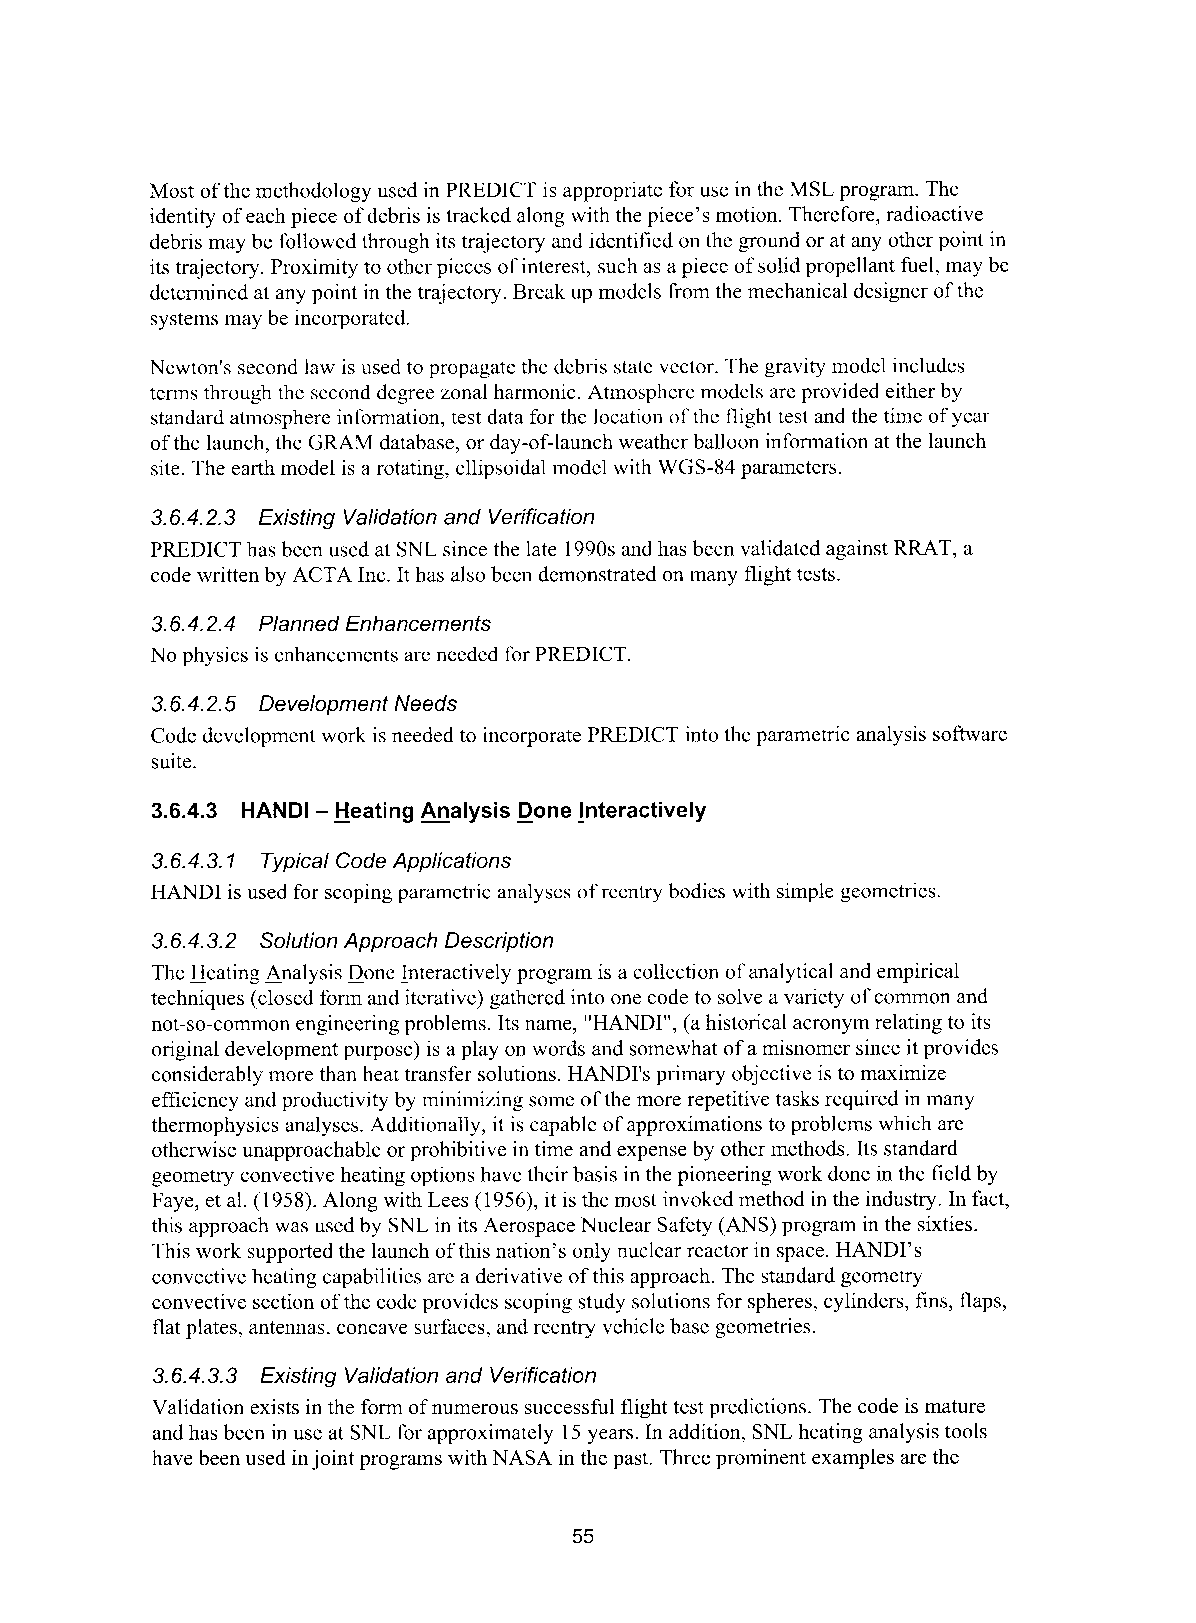
Most of the methodology used in PREDICT is appropriate for use in the MSL program. The
 identity of each piece of debris is tracked along with the piece's motion. Therefore, radioactive
 debris may be followed through its trajectory and identified on the ground or at any other point in
 its trajectory. Proximity to other pieces of interest, such as a piece of solid propellant fuel, may be
 determined at any point in the trajectory. Break up models from the mechanical designer of the
 systems may be incorporated.
 Newton's second law is used to propagatc the debris state vector. The gravity model includes
 terms through the second degree zonal harmonic. Atmosphere models are provided either by
 standard atmosphere information, test data for the location of the flight test and the time of year
 of the launch, the GRAM database, or day-of-launch weather balloon information at the launch
 site. The earth model is a rotating, ellipsoidal model with WGS-84 parameters.
 3.6.4.2.3 Existing Validation and Verification
 PREDICT has been used at SNL since the late 1990s and has been validated against RRAT, a
 code written by ACTA Inc. It has also been demonstrated on many flight tests.
 3.6.4.2.4 Planned Enhancements
 No physics is enhancements are needed for PREDICT.
 3.6.4.2.5 Development Needs
 Code development work is needed to incorporate PREDICT into the parametric analysis software
 suite.
 3.6.4.3 HAND1 - Heating Analysis Done lnteractively
 3.6.4.3.1 Typical Code Applications
 HANDI is used for scoping parametric analyses of reentry bodies with simple geometries.
 3.6.4.3.2 Solution Approach Description
 The Heating Analysis Done lnteractively program is a collection of analytical and empirical
 techniques (closed form and iterative) gathered into one code to solve a variety of common and
 not-so-common engineering problems. Its name, "HANDI", (a historical acronym relating to its
 original development purpose) is a play on words and somewhat of a misnomer since it provides
 considerably more than heat transfer solutions. HANDI's primary objective is to maximize
 efficiency and productivity by minimizing some of the more repetitive tasks required in many
 thermophysics analyses. Additionally, it is capable of approximations to problems which are
 otherwise unapproachable or prohibitive in time and expense by other methods. Its standard
 geometry convective heating options have their basis in the pioneering work done in the field by
 Faye, et al. (1 958). Along with Lees (1956), it is the most invoked method in the industry. In fact,
 this approach was used by SNL in its Aerospace Nuclear Safety (ANS) program in the sixties.
 This work supported the launch of this nation's only nuclear reactor in space. HANDI's
 convective heating capabilities are a derivative of this approach. The standard geometry
 convective section of the code provides scoping study solutions for spheres, cylinders, fins, flaps,
 flat plates, antennas, concave surfaces, and reentry vehicle base geometries.
 3.6.4.3.3 Existing Validation and Verification
 Validation exists in the form of numerous successful flight test predictions. The code is mature
 and has been in use at SNL for approximately 15 years. In addition, SNL heating analysis tools
 have been used in joint programs with NASA in the past. Three prominent examples are the
 55